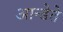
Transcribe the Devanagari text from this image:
आन्डेते